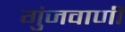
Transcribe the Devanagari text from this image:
गुंजवाणी